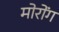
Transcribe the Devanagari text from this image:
मोरोंग